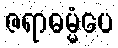
ဇရာဓမ္မံပေ